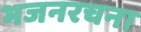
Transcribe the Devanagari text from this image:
भजनरचना